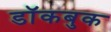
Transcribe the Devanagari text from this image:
डॉकबुक